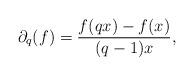
LaTeX: \begin{align*}\partial_q (f) = \frac{f(qx) - f(x)}{(q-1)x},\end{align*}